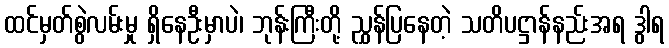
ထင်မှတ်စွဲလမ်းမှု ရှိနေဦးမှာပဲ၊ ဘုန်းကြီးတို့ ညွှန်ပြနေတဲ့ သတိပဋ္ဌာန်နည်းအရ ဒွါရ